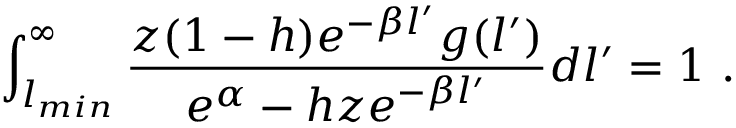
\int _ { l _ { m i n } } ^ { \infty } \frac { z ( 1 - h ) e ^ { - \beta l ^ { \prime } } g ( l ^ { \prime } ) } { e ^ { \alpha } - h z e ^ { - \beta l ^ { \prime } } } d l ^ { \prime } = 1 \ .